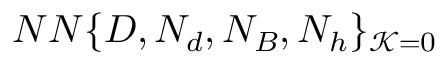
N N \{ D , N _ { d } , N _ { B } , N _ { h } \} _ { \mathcal { K } = 0 }